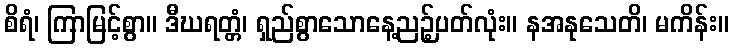
စိရံ၊ ကြာမြင့်စွာ။ ဒီဃရတ္တံ၊ ရှည်စွာသောနေ့ညဉ့်ပတ်လုံး။ နအနုသေတိ၊ မကိန်း။